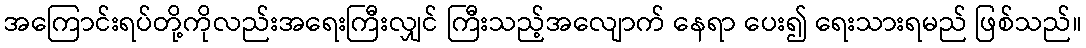
အကြောင်းရပ်တို့ကိုလည်းအရေးကြီးလျှင် ကြီးသည့်အလျောက် နေရာ ပေး၍ ရေးသားရမည် ဖြစ်သည်။